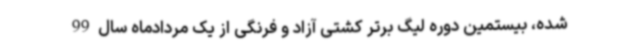
شده، بیستمین دوره لیگ برتر کشتی آزاد و فرنگی از یک مردادماه سال 99